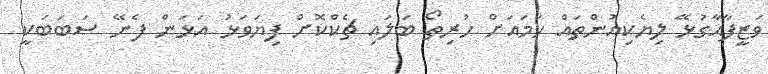
ވަޒީފާއާގުޅޭ ލިޔެކިއުންތައް ހަމައަށް ހުރިތޯ ބަލައި ޗެކްކޮށް ފިޔަވަޅު އަޅަން ފެނޭ ސަބަބަކީ